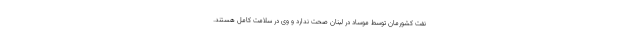
نفت کشورمان توسط موساد در لبنان صحت ندارد و وی در سلامت کامل هستند.